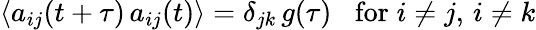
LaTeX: \langle a_{ij}(t+\tau)\, a_{ij}(t)\rangle=\delta_{jk}\, g(\tau)\; \; \; \mathrm{for}\; i\neq j,\, i\neq k